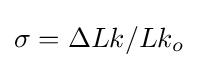
\sigma =\Delta {Lk/Lk_{o}}